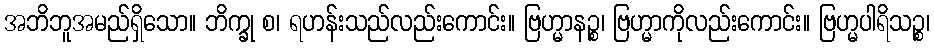
အဘိဘူအမည်ရှိသော။ ဘိက္ခု စ၊ ရဟန်းသည်လည်းကောင်း။ ဗြဟ္မာနဉ္စ၊ ဗြဟ္မာကိုလည်းကောင်း။ ဗြဟ္မပါရိသဉ္စ၊